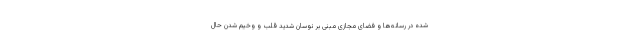
شده در رسانه‌ها و فضای مجازی مبنی بر نوسان شدید قلب و وخیم شدن حال